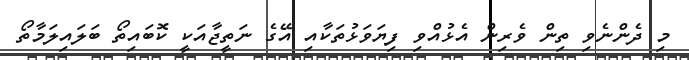
މި ދެންނެވި ތިން ވެރިން އެޅުއްވި ފިޔަވަޅުތަކާއި އޭގެ ނަތީޖާއަކީ ކޮބައިތޯ ބަލައިލަމާތޯ